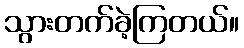
သွားတက်ခဲ့ကြတယ်။